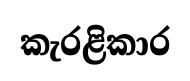
කැරළිකාර